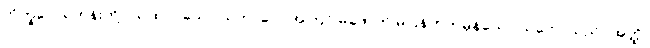
ဘိက္ခဝေ၊ ရဟန်းတို့။ ယထာ (ယော သဘာဝေါ၊ အကြင် မဖောက် မပြန်ဟုတ်မှန်သော သဘောသည်။ အတ္ထိ၊